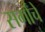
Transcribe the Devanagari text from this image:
सर्गांचे